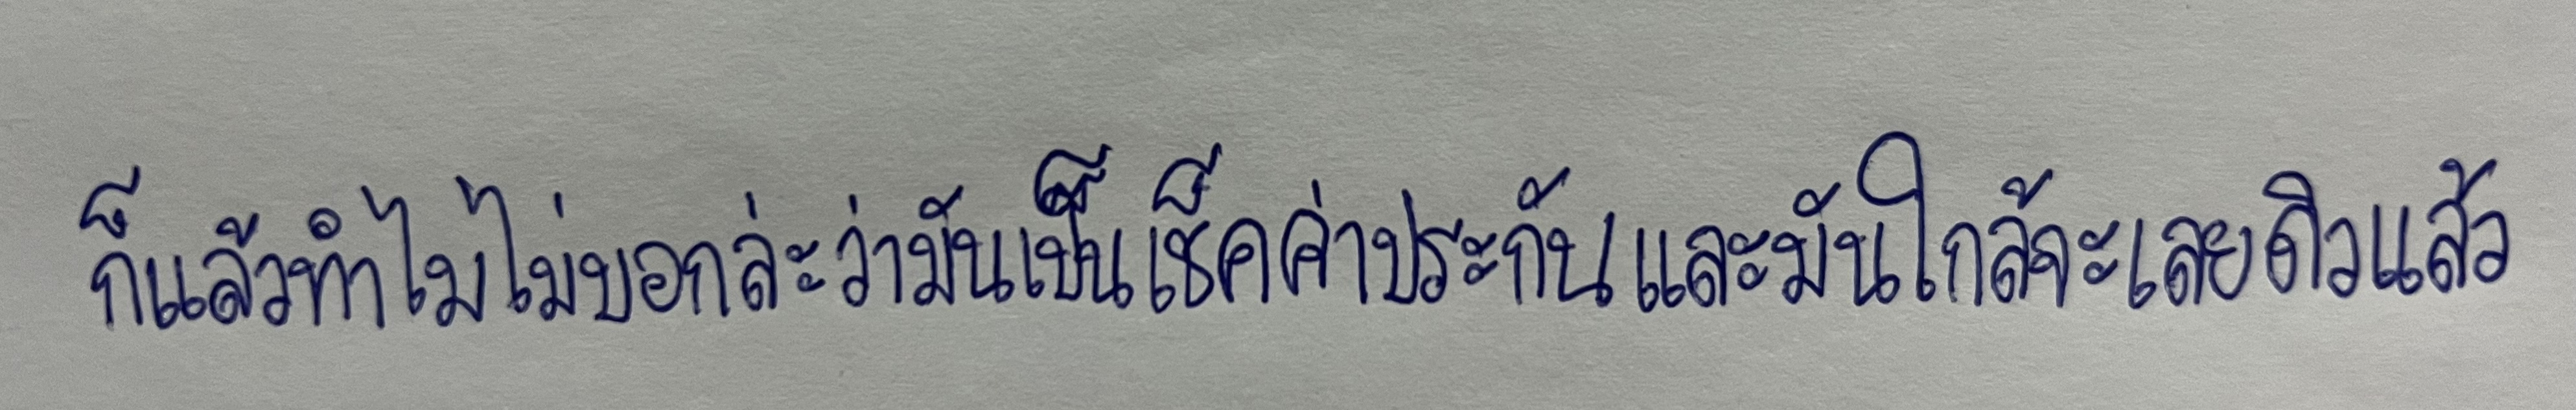
"ก็แล้วทำไมไม่บอกล่ะว่ามันเป็นเช็คค่าประกันและมันใกล้จะเลยดิวแล้ว